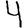
Digit: 4